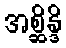
အစ္ဆိန္ဒိ